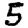
Digit: 5